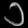
Digit: ၁